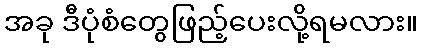
အခု ဒီပုံစံတွေဖြည့်ပေးလို့ရမလား။